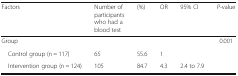
<table><thead><tr><td><b>Factors</b></td><td><b>Number of participants who had a blood test</b></td><td><b>(%)</b></td><td><b>OR</b></td><td><b>95% CI</b></td><td><b><i>P</i>-value</b></td></tr></thead><tbody><tr><td colspan="5">Group</td><td rowspan="3">0.001</td></tr><tr><td> Control group (n = 117)</td><td>65</td><td>55.6</td><td>1</td><td></td></tr><tr><td> Intervention group (n = 124)</td><td>105</td><td>84.7</td><td>4.3</td><td>2.4 to 7.9</td></tr></tbody></table>